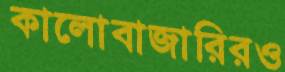
কালোবাজারিরও